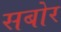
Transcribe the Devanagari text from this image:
सबोर